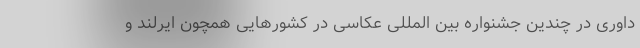
داوری در چندین جشنواره بین المللی عکاسی در کشورهایی همچون ایرلند و